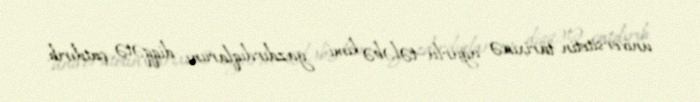
universitetin tarixinə uğurlu tələbə kimi yazdırdıqlarıını diqqətə çatdırıb.